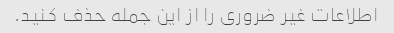
اطلاعات غیر ضروری را از این جمله حذف کنید.